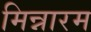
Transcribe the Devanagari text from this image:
मिन्नारम